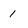
Character: 1